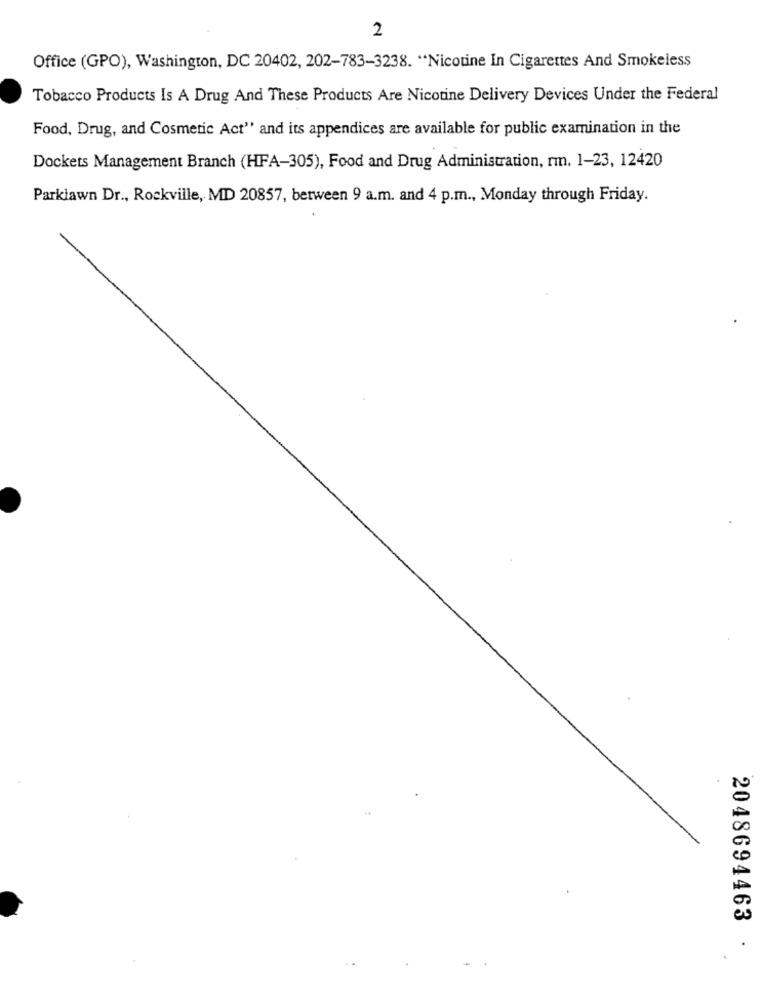
2
Office (GPO), Washington, DC 20402, 202-783-3238. "Nicotine In Cigarettes And Smokeless
Tobacco Products Is A Drug And These Products Are Nicotine Delivery Devices Under the Federal
Food, Drug, and Cosmetic Act" and its appendices are available for public examination in the
Dockets Management Branch (HFA-305), Food and Drug Administration, rm. 1-23, 12420
Parklawn Dr ., Rockville, MD 20857, berween 9 a.m. and 4 p.m ., Monday through Friday.
2048694463
.